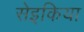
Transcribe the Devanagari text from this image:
सेइकिया